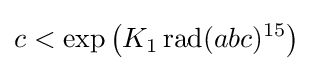
c<\exp {\left(K_{1}\operatorname {rad} (abc)^{15}\right)}